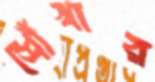
শোঁখার